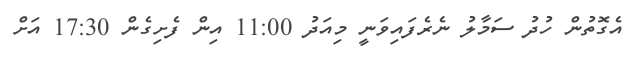
އެގޮތުން ހުދު ސަމާލު ނެރެފައިވަނީ މިއަދު 11:00 އިން ފެށިގެން 17:30 އަށް